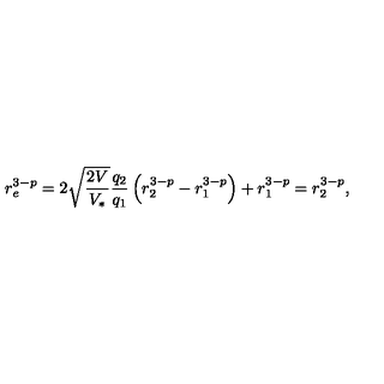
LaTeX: r _ { e } ^ { 3 - p } = 2 \sqrt { \frac { 2 V } { V _ { * } } } \frac { q _ { 2 } } { q _ { 1 } } \left( r _ { 2 } ^ { 3 - p } - r _ { 1 } ^ { 3 - p } \right) + r _ { 1 } ^ { 3 - p } = r _ { 2 } ^ { 3 - p } ,